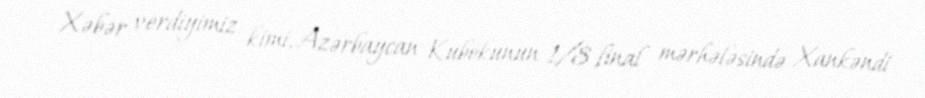
Xəbər verdiyimiz kimi, Azərbaycan Kubokunun 1/8 final mərhələsində Xankəndi